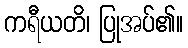
ကရီယတိ၊ ပြုအပ်၏။